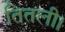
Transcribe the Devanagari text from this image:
तितली।